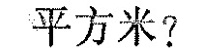
平方米?